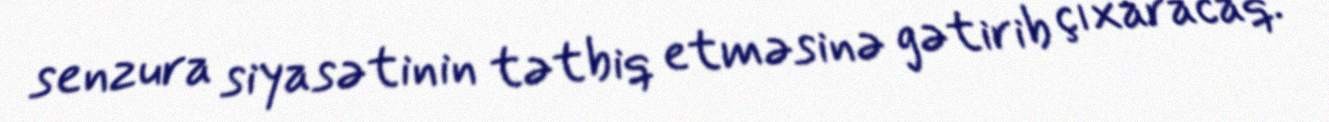
senzura siyasətinin tətbiq etməsinə gətirib çıxaracaq.